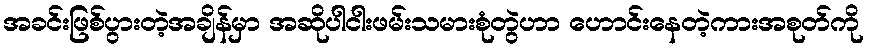
အခင်းဖြစ်ပွားတဲ့အချိန်မှာ အဆိုပါငါးဖမ်းသမားစုံတွဲဟာ ဟောင်းနေတဲ့ကားအစုတ်ကို